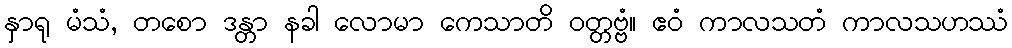
နှာရု မံသံ, တစော ဒန္တာ နခါ လောမာ ကေသာတိ ဝတ္တဗ္ဗံ။ ဧဝံ ကာလသတံ ကာလသဟဿံ